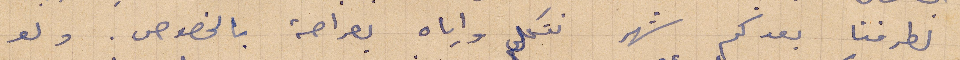
لطرفنا بعد كم شهر نتكلم واياه بصراحة بالخصوص. ولو